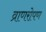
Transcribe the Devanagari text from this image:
व्राणरोपण